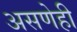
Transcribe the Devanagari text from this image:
असणेही